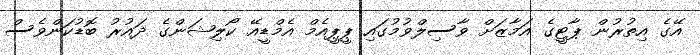
އޭގެ އިތުރުން ޕާޓީގެ އަމާޒަށް ވާސިލްވުމުގައި ޕީޕީއެމް އެމްޑީއޭ ކޯލިޝަންގެ ދައުރު ބޮޑުކަންވެސް